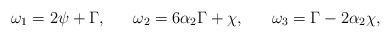
LaTeX: \begin{align*}\omega_1=2\psi+ \Gamma, ~~~~~ \omega_2=6\alpha_2 \Gamma +\chi,~~~~~ \omega_3=\Gamma- 2\alpha_2 \chi, \end{align*}